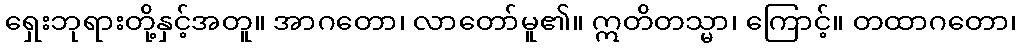
ရှေးဘုရားတို့နှင့်အတူ။ အာဂတော၊ လာတော်မူ၏။ ဣတိတသ္မာ၊ ကြောင့်။ တထာဂတော၊